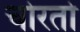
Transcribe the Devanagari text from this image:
चोरतो